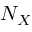
N _ { X }